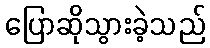
ပြောဆိုသွားခဲ့သည်